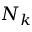
N _ { k }